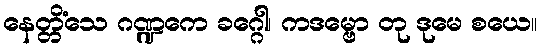
နေတ္တိံသေ ဂဏ္ဍကေ ခဂ္ဂေါ၊ ကဒမ္ဗော တု ဒုမေ စယေ။